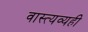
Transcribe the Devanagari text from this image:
वास्त्यव्यही